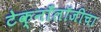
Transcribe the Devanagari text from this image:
टेक्नाँलॉजीचा